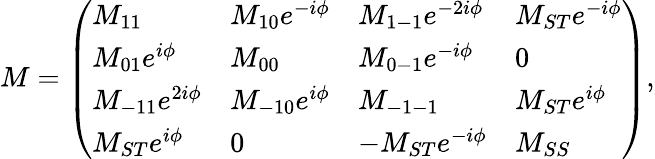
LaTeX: \begin{array}{r}{M=\left(\begin{array}{llll}{M_{11}}&{M_{10}e^{-i\phi}}&{M_{1-1}e^{-2i\phi}}&{M_{ST}e^{-i\phi}}\\ {M_{01}e^{i\phi}}&{M_{00}}&{M_{0-1}e^{-i\phi}}&{0}\\ {M_{-11}e^{2i\phi}}&{M_{-10}e^{i\phi}}&{M_{-1-1}}&{M_{ST}e^{i\phi}}\\ {M_{ST}e^{i\phi}}&{0}&{-M_{ST}e^{-i\phi}}&{M_{SS}}\end{array}\right),}\end{array}